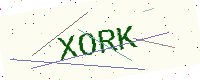
Text: XORK